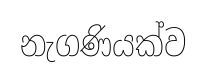
නැගණියක්ව